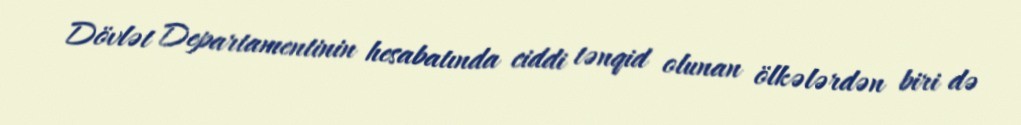
Dövlət Departamentinin hesabatında ciddi tənqid olunan ölkələrdən biri də